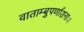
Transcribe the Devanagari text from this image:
वाताम्बुपर्णाशनाः।